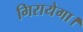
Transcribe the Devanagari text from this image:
गिरायेगा।